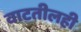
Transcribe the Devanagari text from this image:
वाटतीलही